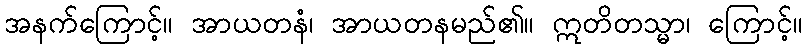
အနက်ကြောင့်။ အာယတနံ၊ အာယတနမည်၏။ ဣတိတသ္မာ၊ ကြောင့်။